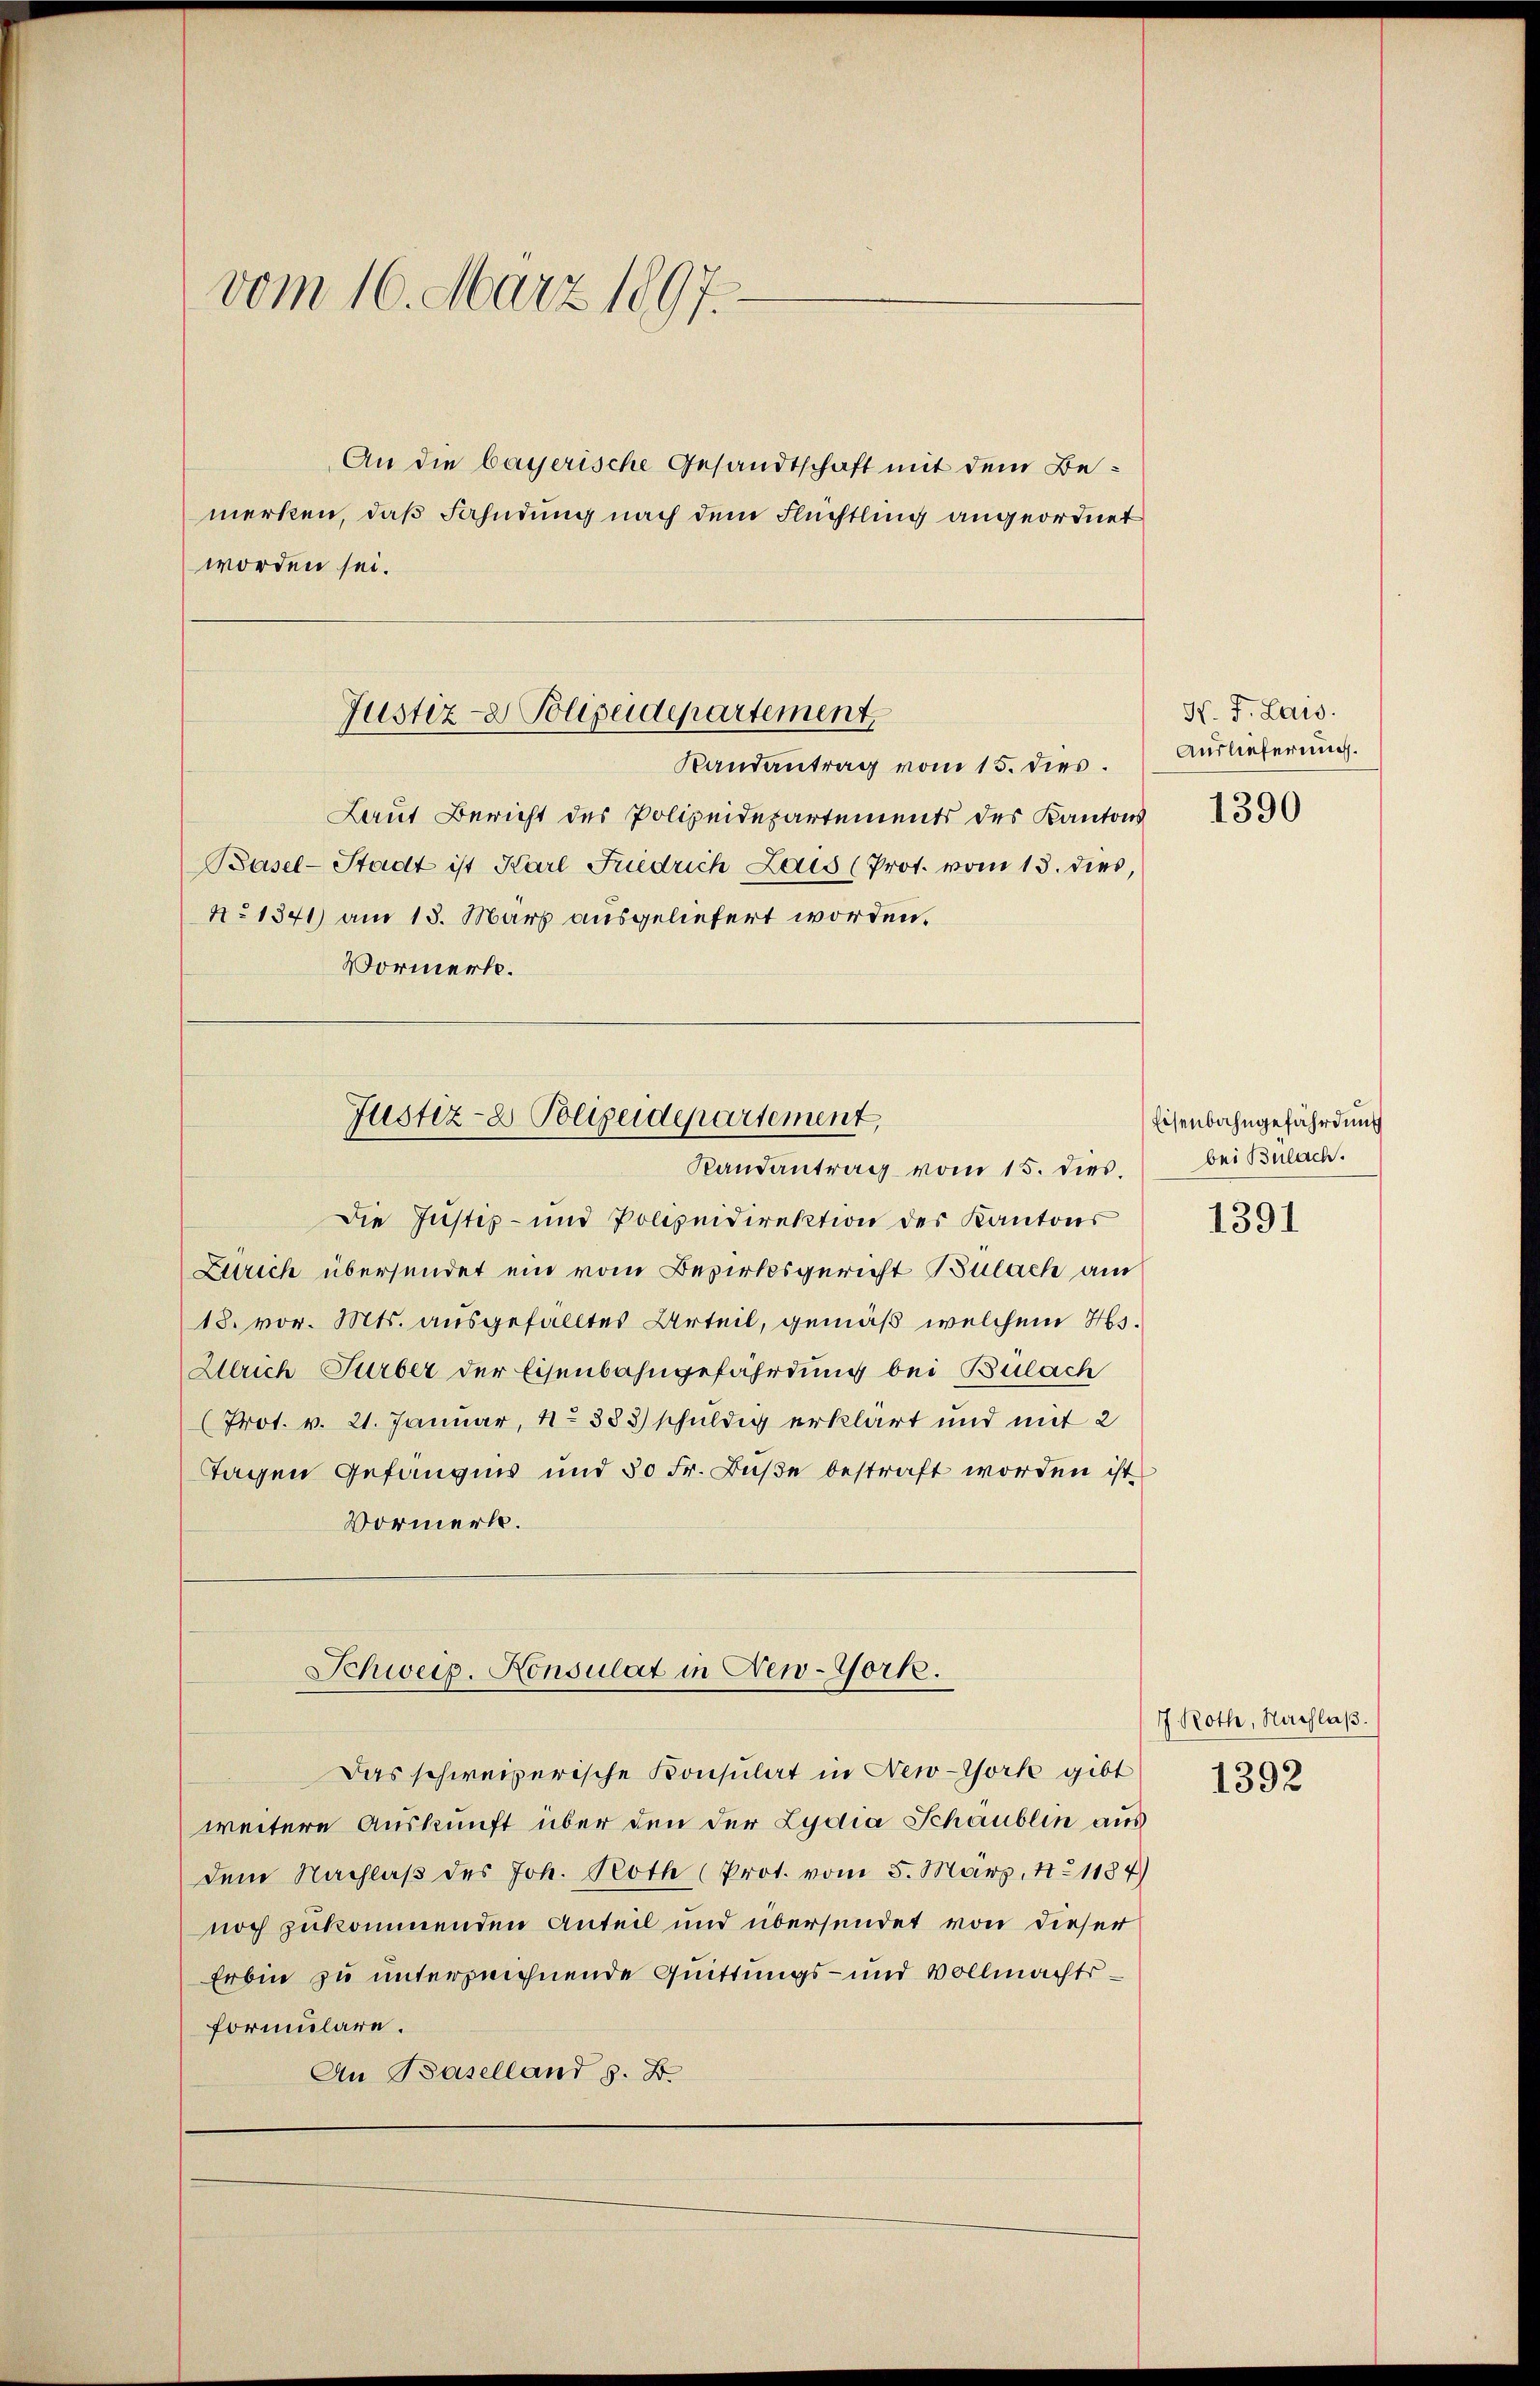
vom 16. März 1897.

An die bayerische Gesandtschaft mit dem Bemerken, daß Fahndung nach dem Flüchtling angeordnet
worden sei.

Justiz- & Polizeidepartement
Randantrag vom 15. dies. Auslieferung.

Justiz- & Polizeidepartement,
Randantrag vom 15. dies

Laut Bericht des Polizeidepartements des Kantons
Basel-Stadt ist Karl Friedrich Lais (Prot. vom 13. dies,
No 1341) am 13. März ausgeliefert worden.
Vormerk.

Die Justiz- und Polizeidirektion der Kantons
Zürich übersendet ein vom Bezirksgericht Bülach am
18. vor. Mts. ausgefälltes Urteil, gemäß welchem Hs.
Zerich Turber der Eisenbahngefährdung bei Bülach
(Prot. v. 21. Januar, No 383) schuldig erklärt und mit 2
Tagen Gefängnis und 50 Fr. Bŭβe bestraft worden ist
Vormerk.

Schweiz. Konsulat in New-York.

Das schweizerische Konsulat in New-York gibt
weitere Auskunft über den der Lydia Schaublin aus
dem Nachlaβ des Joh. Roth (Prot. vom 5. März, 1. 1187)
noch zukommenden Anteil und übersendet von dieser
Erbin zu unterzeichnende Quittungs- und Vollmachtsformulare.
An Baselland z. B.

H. J. Laus.

1390

Eisenbahngefährdung
bei Bülach.

1391

7 Roth, Nachlaβ.
1392